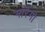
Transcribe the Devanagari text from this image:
मारेंगो